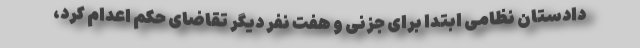
دادستان نظامی ابتدا برای جزنی و هفت نفر دیگر تقاضای حکم اعدام کرد،